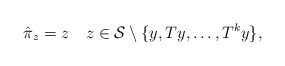
\begin{align*} \hat{\pi}_z=z\quad z\in\mathcal{S}\setminus\{y,Ty,\ldots,T^ky\},\end{align*}